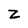
Character: Z